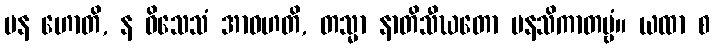
ပန ဟောတိ, န ဝိသေသံ အာဝဟတိ, တသ္မာ နာတိသီဃတော မနသိကာတဗ္ဗံ။ ယထာ စ